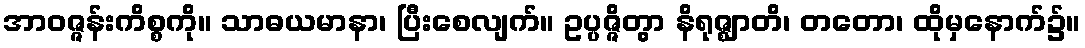
အာဝဇ္ဇန်းကိစ္စကို။ သာဓယမာနာ၊ ပြီးစေလျက်။ ဥပ္ပဇ္ဇိတွာ နိရုဇ္ဈာတိ၊ တတော၊ ထိုမှနောက်၌။